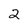
Character: 2